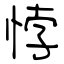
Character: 悖